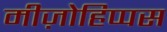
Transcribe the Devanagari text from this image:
मीज़ोहिप्पस